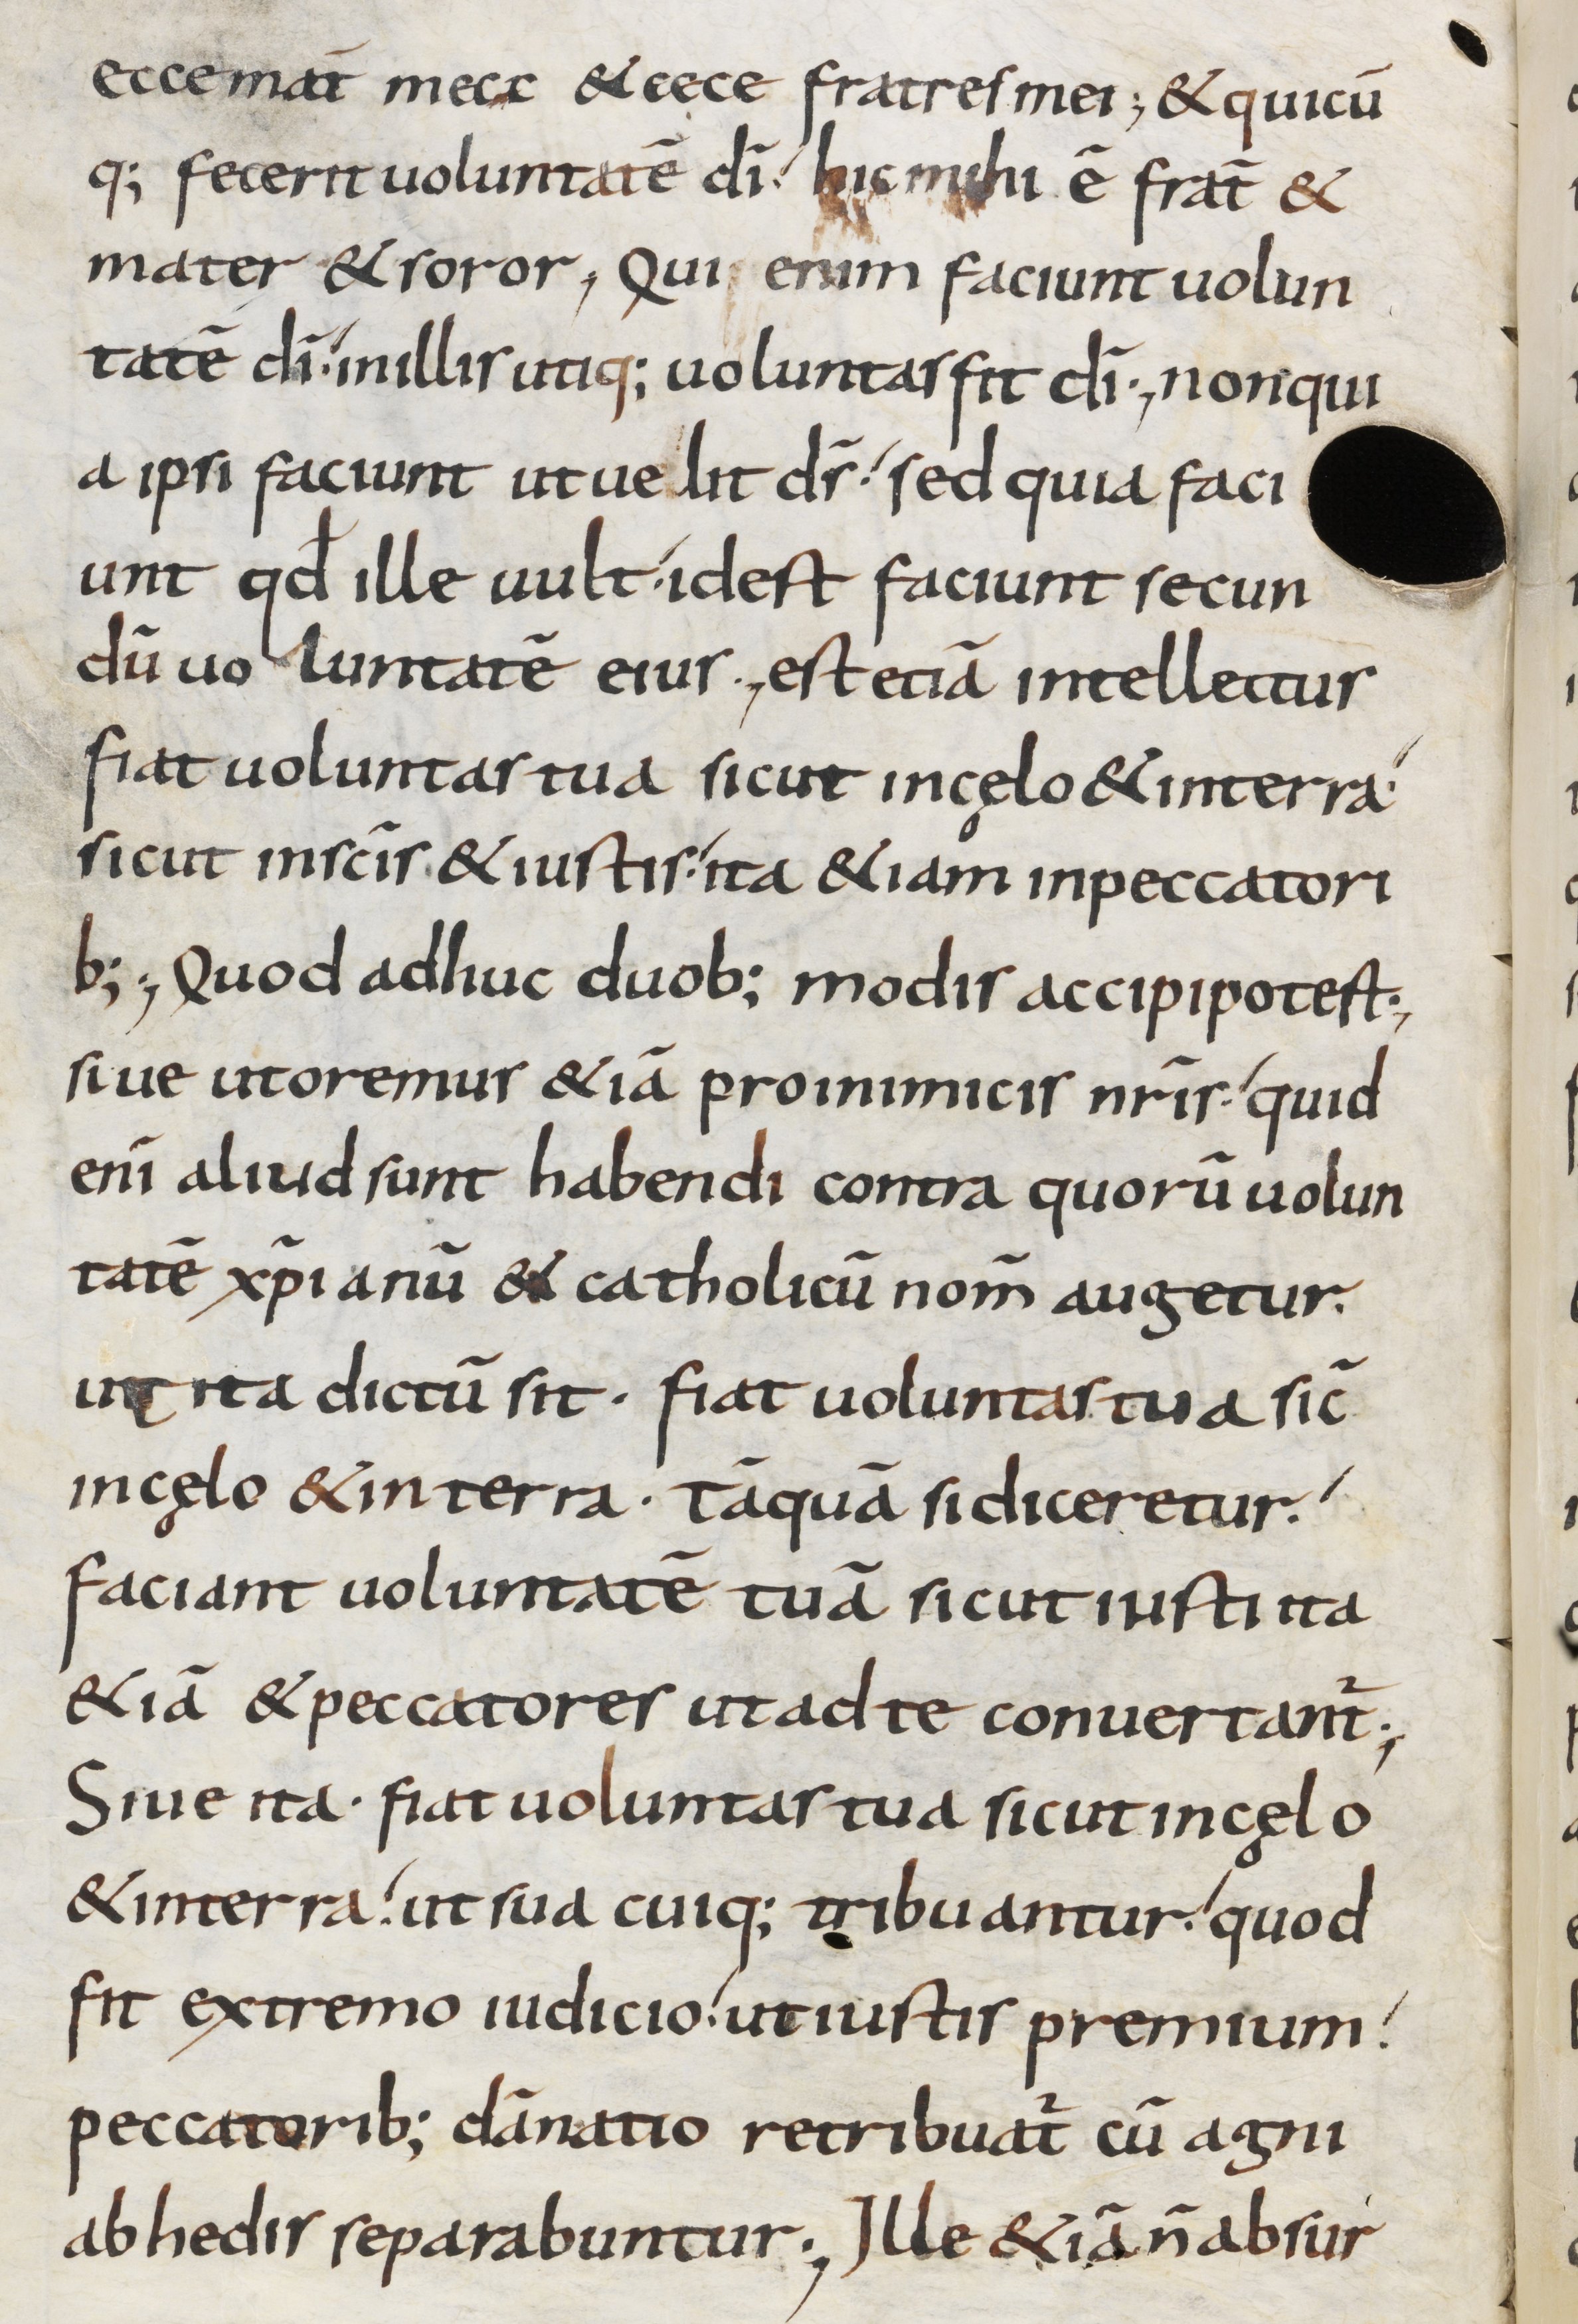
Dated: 800–899